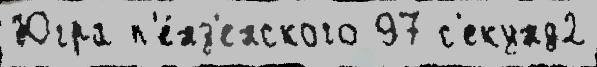
Югра п'е́нз'енского 97 с'екунд2